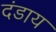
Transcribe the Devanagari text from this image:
दंडाय